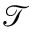
\mathcal { T }